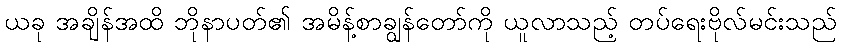
ယခု အချိန်အထိ ဘိုနာပတ်၏ အမိန့်စာချွန်တော်ကို ယူလာသည့် တပ်ရေးဗိုလ်မင်းသည်